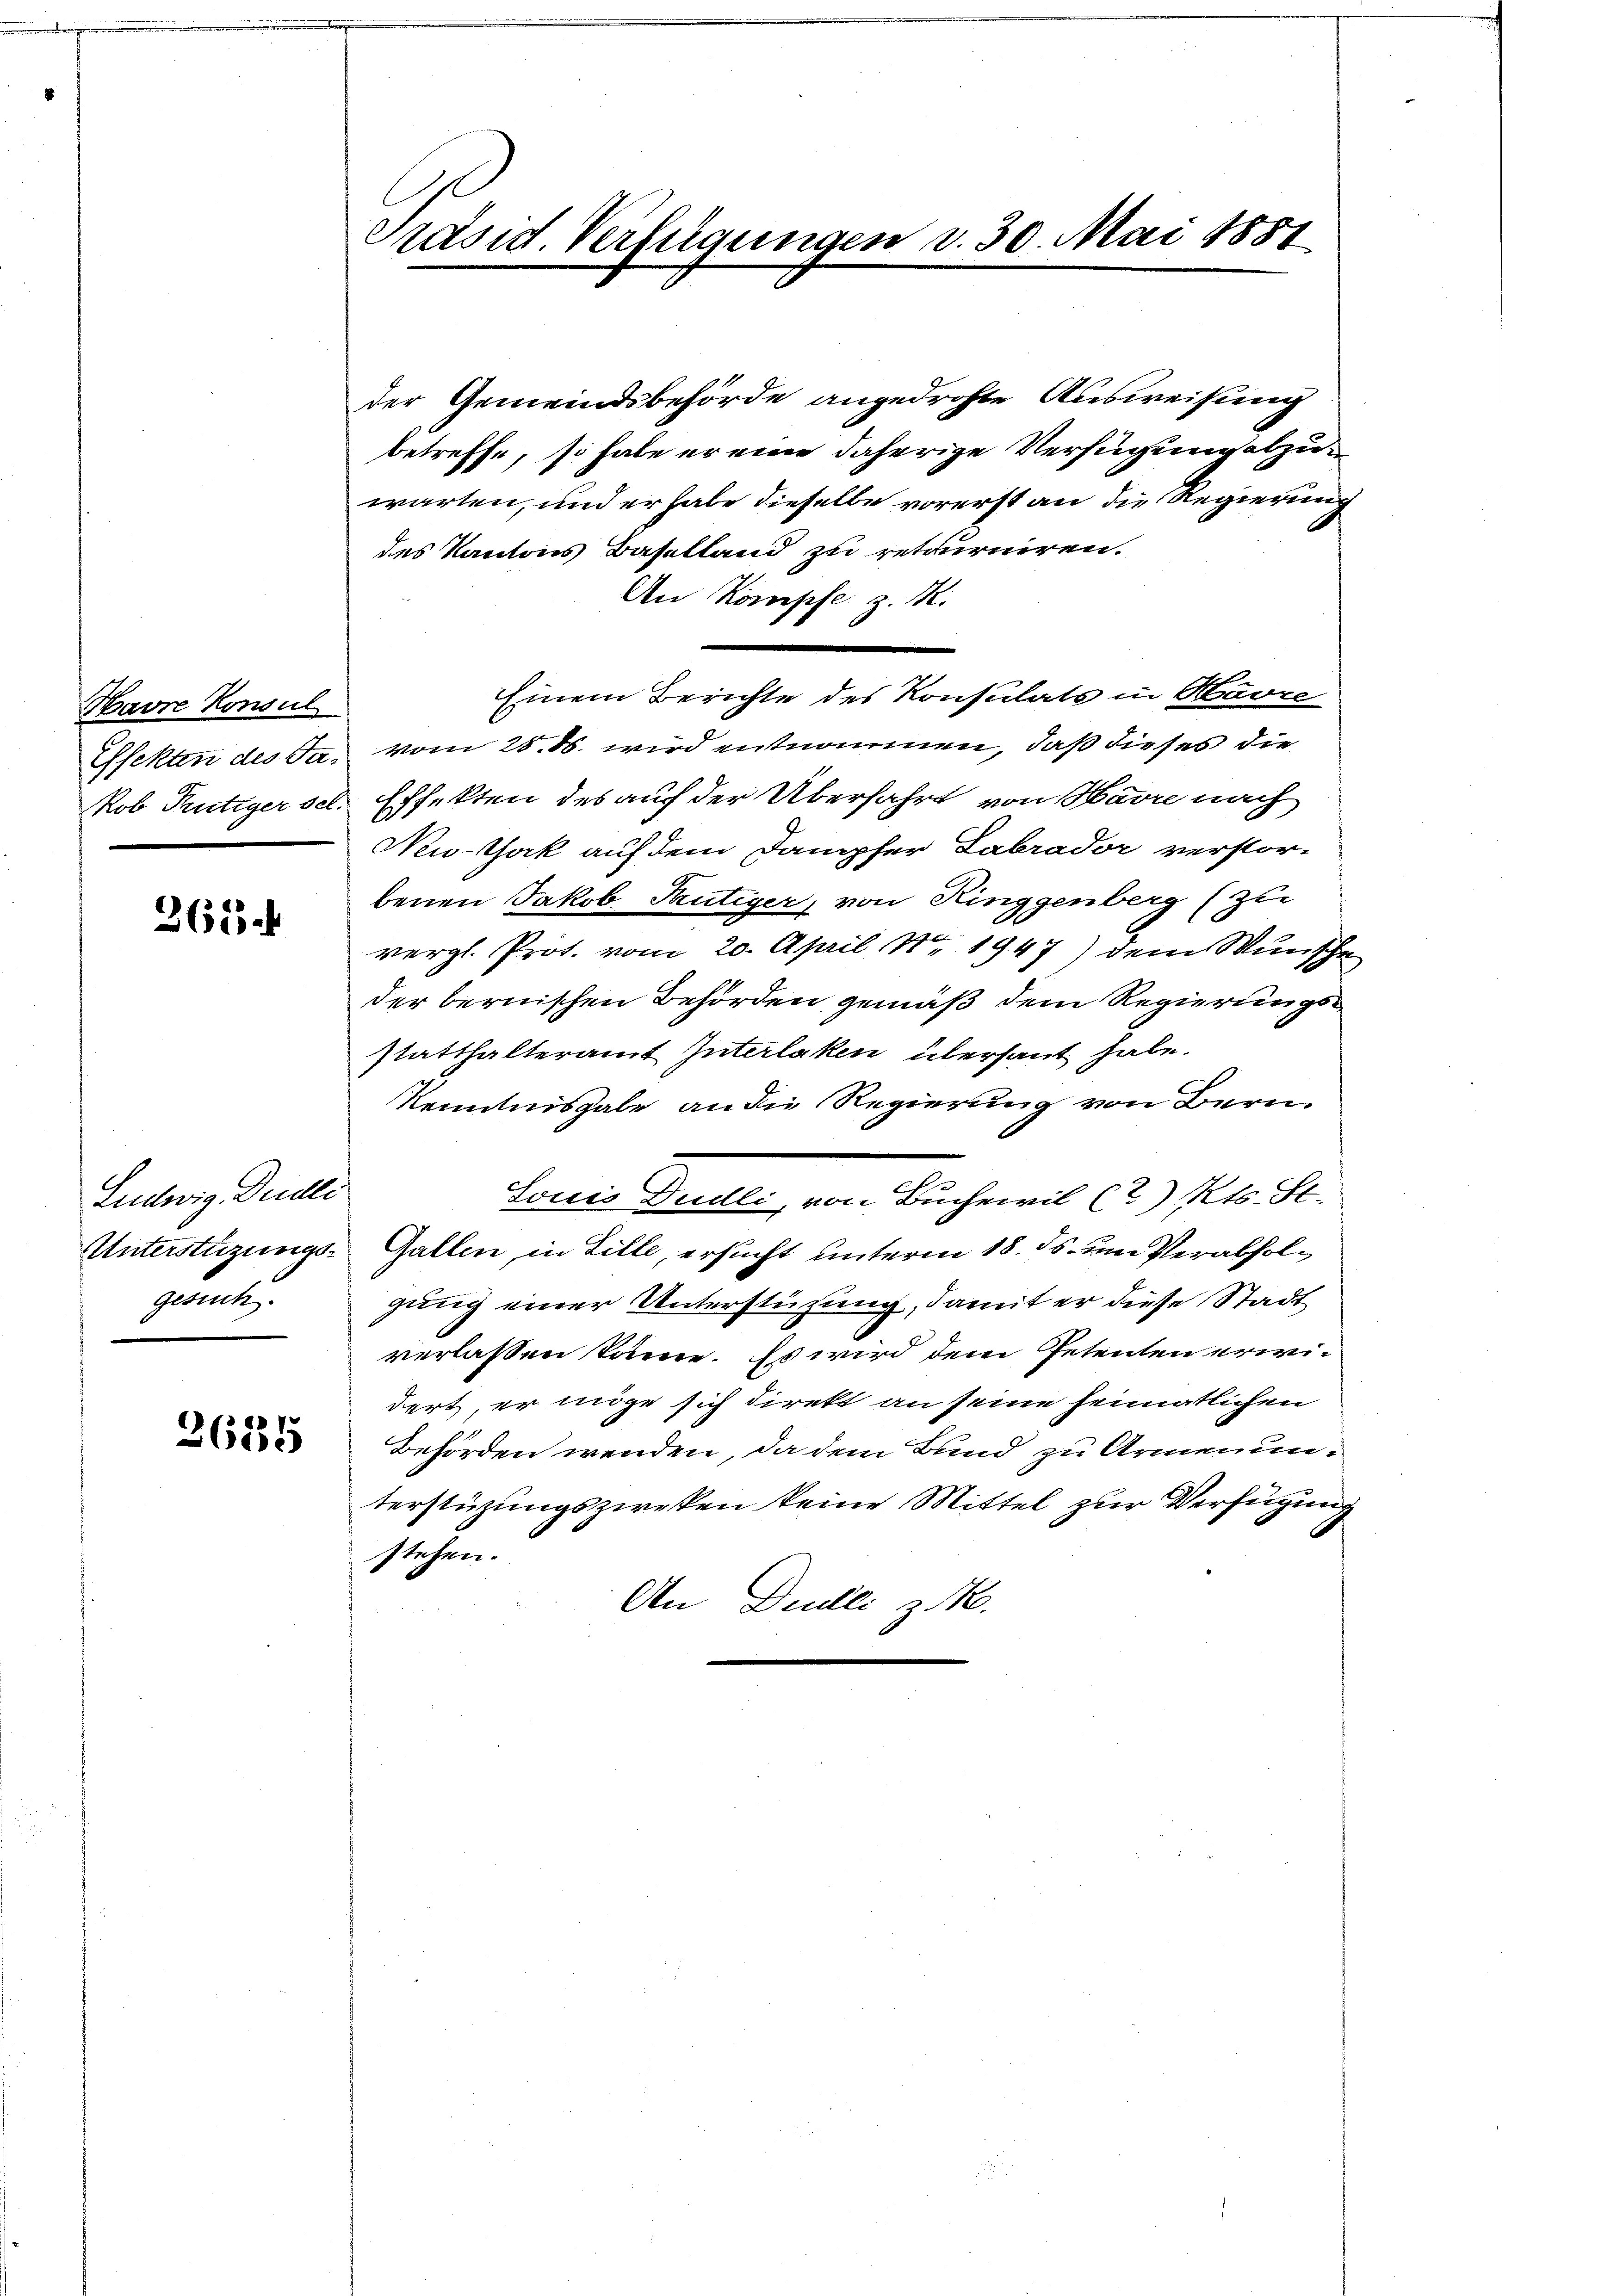
Havre Konsul
Effekten des Fa-
kob Pütiger sel.

365.

Ludwig Dudli
Unterstüzungsgesuch.

2635

Präsid. Verfügungen v. 30. Mai 1851

der Gemeindsbehörde angedrohte Ausweisung
betreffe, so habe er eine daherige Verfügen abzuwarten, und er habe dieselbe vorerst an die Regierung
des Kantons Baselland zu retourniren.
An Komphe z. M.
Einem Berichte des Konsulats in Havre
vom 25. ds. wird entnommen, daß dieses die
Effekten des auf der Überfahrt von Havre nach
New-Thak auf dem Dampfer Labrador verstor-
benen Jakob Teutiger, von Ringgenberg (zu
vergl. Prot. vom 20. April Nr 1947) dem Wunsche
der bernischen Behörden gemäß dem Regierungsstatthalteramt Interlaken übersaut habe.
Kenntnisgabe an die Regierung von Bern
Sonis Dudli, von Buchwil (?) Kts. St.
Gallen, in Bille, ersucht unterm 18. ds. um Verabfolgung einer Unterstüzung, damit er diese Stadt
verlassen könne. Es wird dem Petenten erwidert, er möge sich direkt an seine heimatlichen
Behörden wenden, da dem Bund zu Armenunterstüzungszwecken keine Mittel zur Verfügung
stehen.
An Duelli z. M.